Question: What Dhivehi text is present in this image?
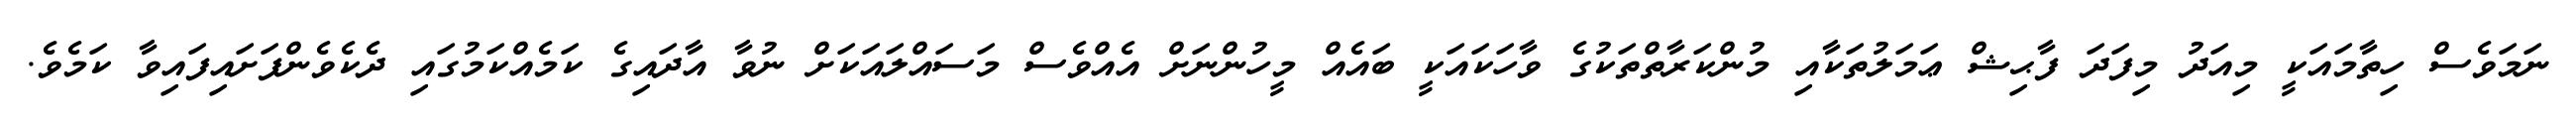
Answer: ނަމަވެސް ހިތާމައަކީ މިއަދު މިފަދަ ފާޙިޝް ޢަމަލުތަކާއި މުންކަރާތްތަކުގެ ވާހަކައަކީ ބައެއް މީހުންނަށް އެއްވެސް މަސައްލައަކަށް ނުވާ އާދައިގެ ކަމެއްކަމުގައި ދެކެވެންފަށައިފައިވާ ކަމެވެ.